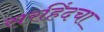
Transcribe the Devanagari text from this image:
सरहिंदचा